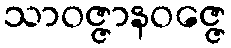
သာဝဇ္ဇာနဝဇ္ဇေ